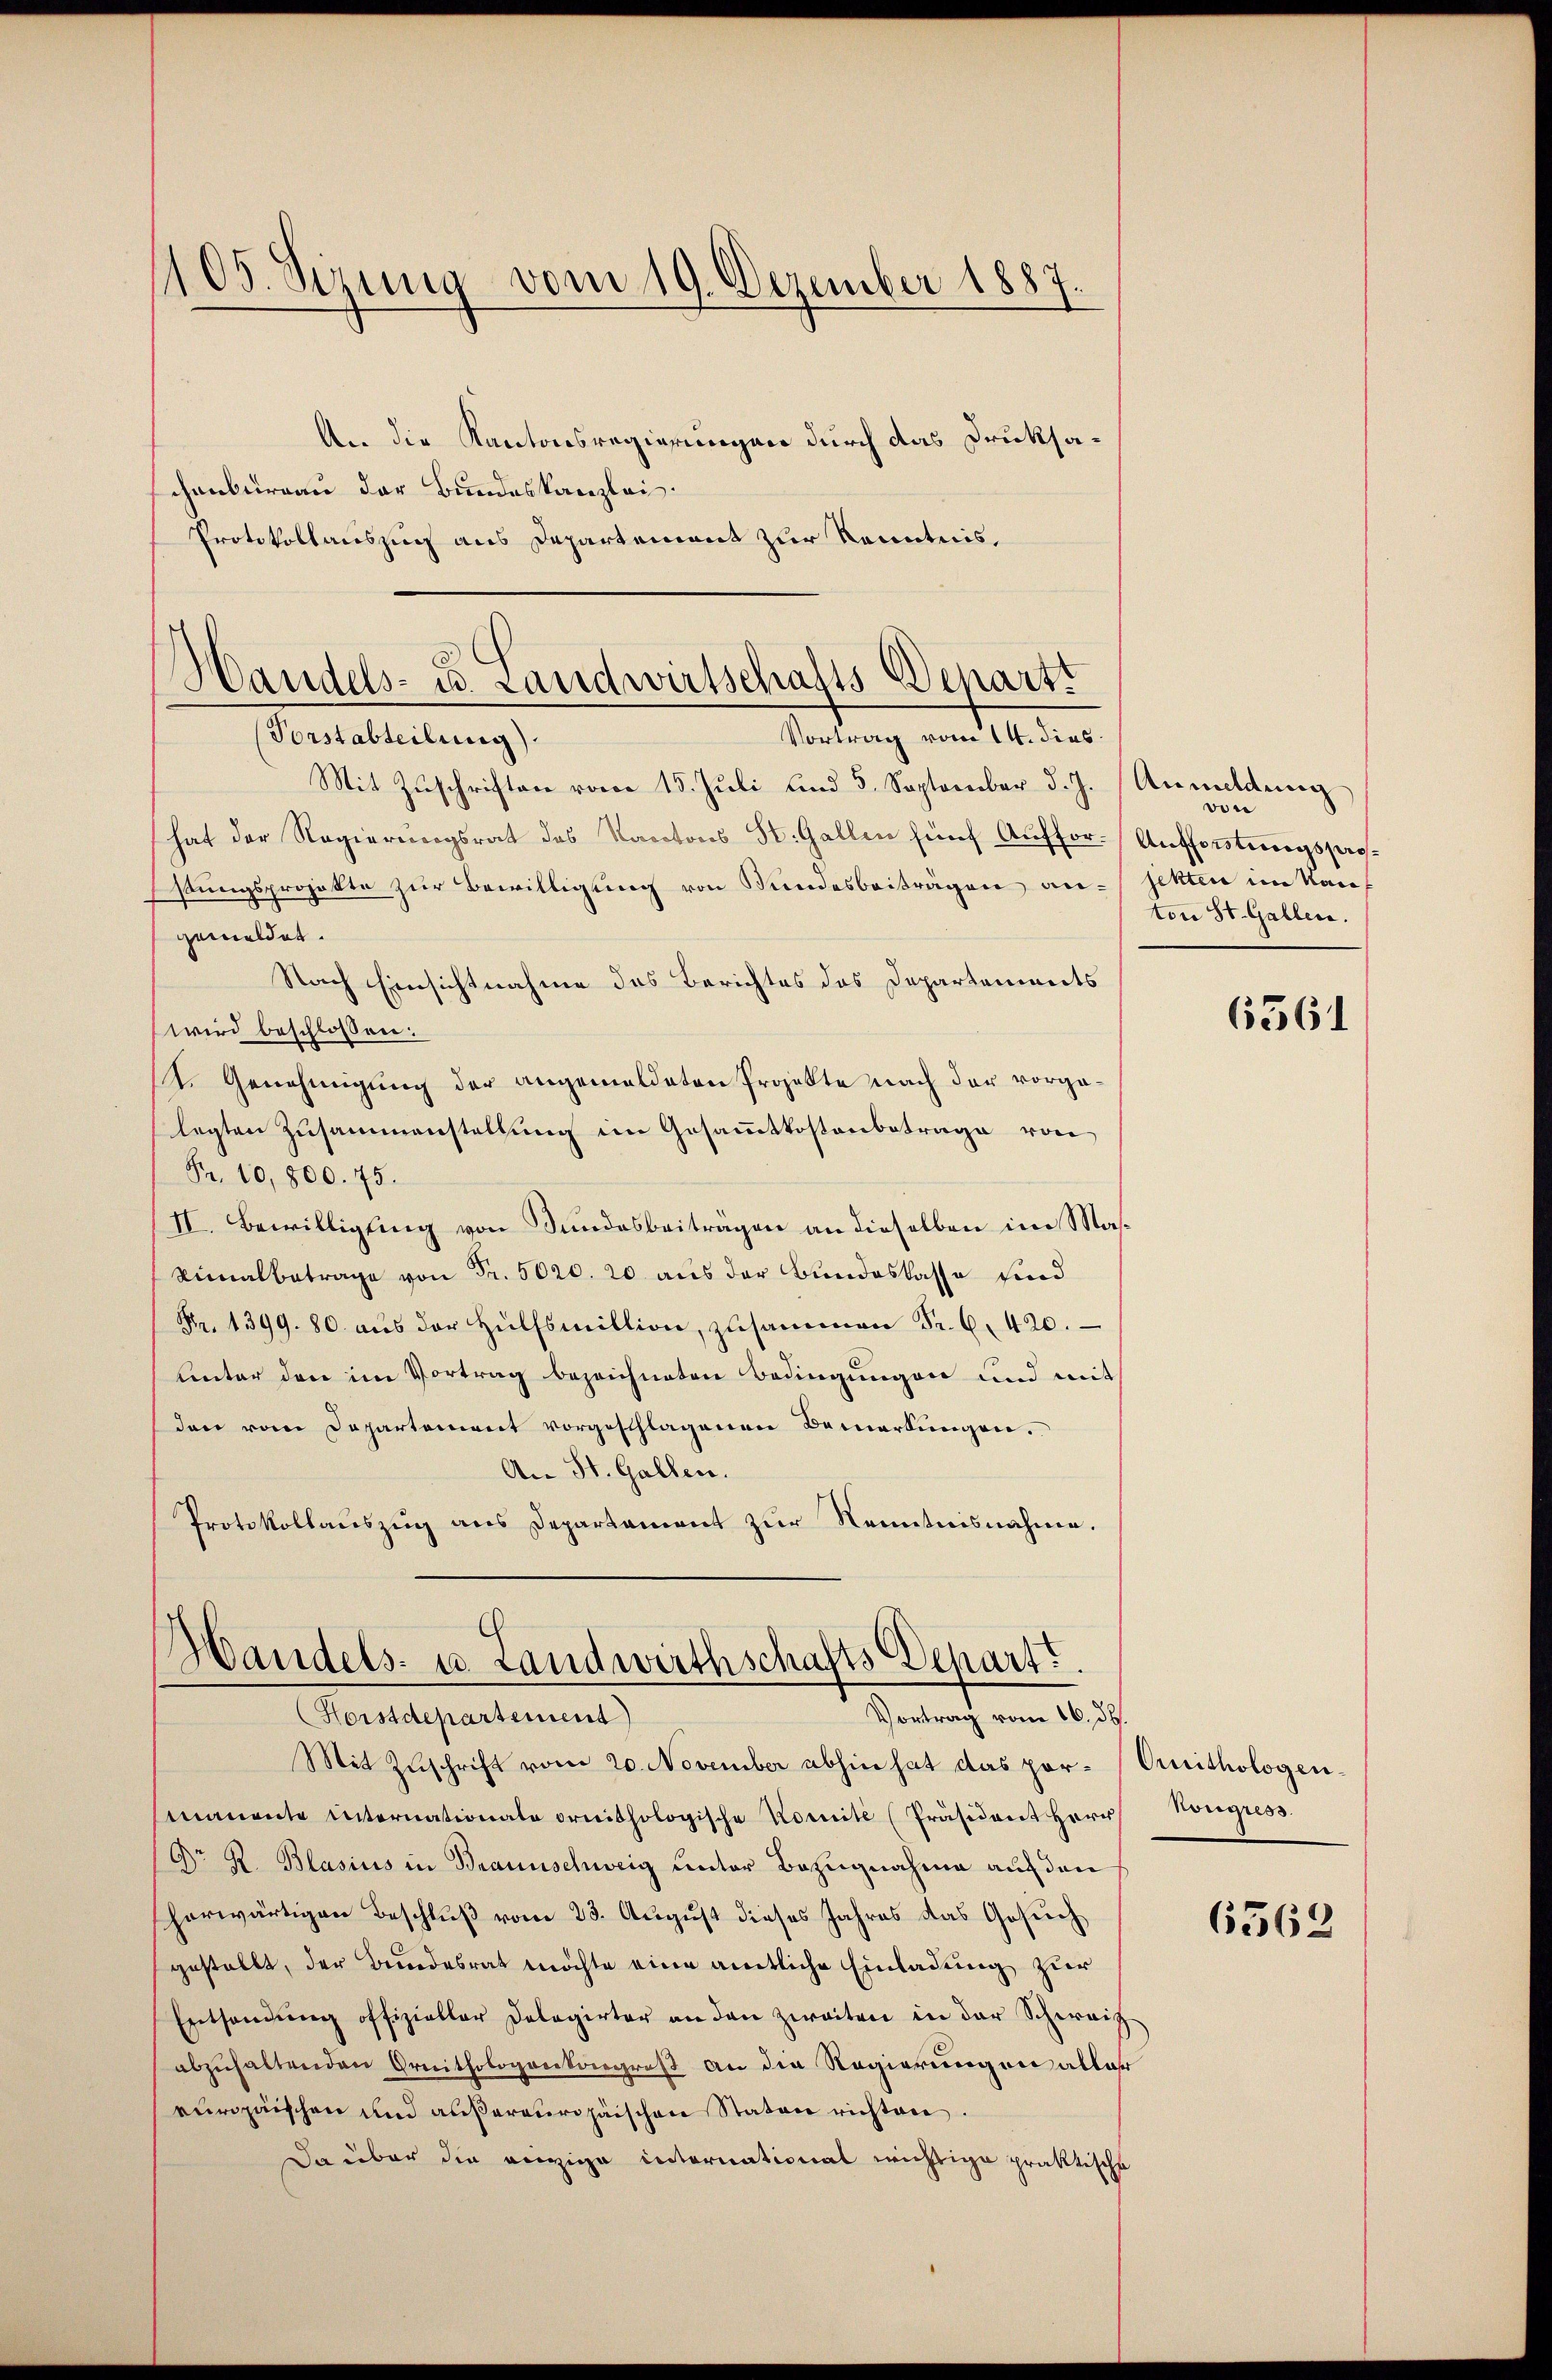
105. Sizung vom 19. Dezember 1887.

An die Kantonsregierungen durch das Druksachenbureau der Bundeskanzlei.
Protokollauszug aus Departement zur Kenntnis.

Handels- u. Landwirtschafts Departt
Vortrag vom 14. dies
(Vorstabteilung).

Handels- u. Landwirthschafts Depart
Vortrag vom 16. d.
Horstdepartement)

Mit Zuschriften vom 15. Juli und 5. September d. J. Anmeldung
hat der Regierungsrat des Kantons St. Gallen fünf Auffor- Aufforstungsprostungsprojekte zur Bewilligung von Bundesbeiträgen angemeldet.
Nach Einsichtnahme des Berichtes das Departenimets
wird beschlossen:
T. Genehmigung der angemeldeten Projekte nach der vorgalegten Zusammenstellung im Gesammtkostenbetrage von
Fr. 10,800. 75.
II. Bewilligung von Sundesbeiträgen an dieselben im Mas¬
Vimalbetrage von Fr. 5020. 20 aus der Bundeslasse sind
Fr. 1399. 80. aŭs der Hülfsmillion, zusammen Fr. 6. 420.
Unter den im Vortrag bezeichneten Bedingungen und mit
den vom Departement vorgeschlagenen Bemerkungen.
An St. Gallen.
Protokollauszug aus Departament zur Kenntnisnahme.

Mit Zuschrift vom 20. November abhin hat das por-Oruithologen-
manente internationale ornithologische Komite (Präsident Herr
Dr R. Blasius in Braunschweig unter Bezugnahme auf den
horwärtigen Beschluß vom 23. August dieses Jahres das Gesuch
gestellt, der Bundesrat möchte eine amtliche Einladung zur
Entsandŭng offizieller Delegirter an den zweiten in der Schweiz
abzuhaltenden Ornithologenkongreß an die Regierungen aller
europäischen und außereuropäischen Staten richten.
Da über die einige internationat wichtige praktische

von
jekten im Kauf
ton St. Gallen.

6361

Nongress

6562